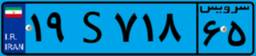
۰۹S۳۹۵۹۰